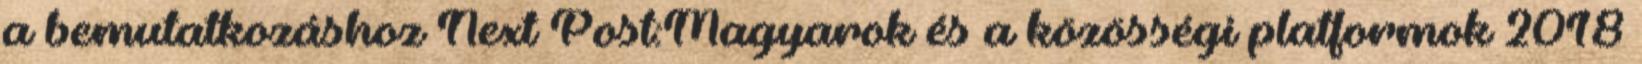
a bemutatkozáshoz Next Post:Magyarok és a közösségi platformok 2018